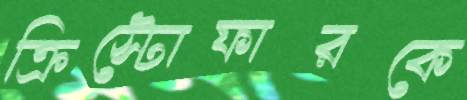
ক্রিস্টোফারকে